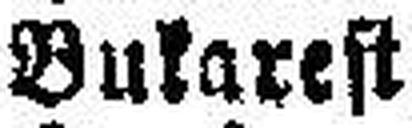
Bukarest